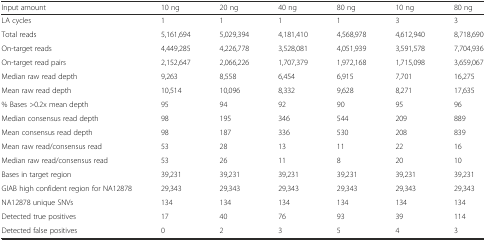
<table><thead><tr><td><b>Input amount</b></td><td><b>10 ng</b></td><td><b>20 ng</b></td><td><b>40 ng</b></td><td><b>80 ng</b></td><td><b>10 ng</b></td><td><b>80 ng</b></td></tr></thead><tbody><tr><td>LA cycles</td><td>1</td><td>1</td><td>1</td><td>1</td><td>3</td><td>3</td></tr><tr><td>Total reads</td><td>5,161,694</td><td>5,029,394</td><td>4,181,410</td><td>4,568,978</td><td>4,612,940</td><td>8,718,690</td></tr><tr><td>On-target reads</td><td>4,449,285</td><td>4,226,778</td><td>3,528,081</td><td>4,051,939</td><td>3,591,578</td><td>7,704,936</td></tr><tr><td>On-target read pairs</td><td>2,152,647</td><td>2,066,226</td><td>1,707,379</td><td>1,972,168</td><td>1,715,098</td><td>3,659,067</td></tr><tr><td>Median raw read depth</td><td>9,263</td><td>8,558</td><td>6,454</td><td>6,915</td><td>7,701</td><td>16,275</td></tr><tr><td>Mean raw read depth</td><td>10,514</td><td>10,096</td><td>8,332</td><td>9,628</td><td>8,271</td><td>17,635</td></tr><tr><td>% Bases &gt;0.2x mean depth</td><td>95</td><td>94</td><td>92</td><td>90</td><td>95</td><td>96</td></tr><tr><td>Median consensus read depth</td><td>98</td><td>195</td><td>346</td><td>544</td><td>209</td><td>889</td></tr><tr><td>Mean consensus read depth</td><td>98</td><td>187</td><td>336</td><td>530</td><td>208</td><td>839</td></tr><tr><td>Mean raw read/consensus read</td><td>53</td><td>28</td><td>13</td><td>11</td><td>22</td><td>16</td></tr><tr><td>Median raw read/consensus read</td><td>53</td><td>26</td><td>11</td><td>8</td><td>20</td><td>10</td></tr><tr><td>Bases in target region</td><td>39,231</td><td>39,231</td><td>39,231</td><td>39,231</td><td>39,231</td><td>39,231</td></tr><tr><td>GIAB high confident region for NA12878</td><td>29,343</td><td>29,343</td><td>29,343</td><td>29,343</td><td>29,343</td><td>29,343</td></tr><tr><td>NA12878 unique SNVs</td><td>134</td><td>134</td><td>134</td><td>134</td><td>134</td><td>134</td></tr><tr><td>Detected true positives</td><td>17</td><td>40</td><td>76</td><td>93</td><td>39</td><td>114</td></tr><tr><td>Detected false positives</td><td>0</td><td>2</td><td>3</td><td>5</td><td>4</td><td>3</td></tr></tbody></table>